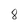
Character: 8